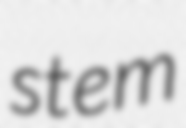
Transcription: stem